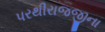
પરથીરાજજીના